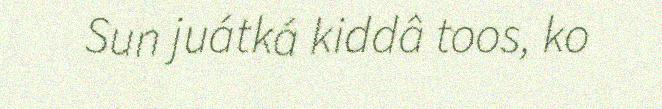
Sun juátká kiddâ toos, ko